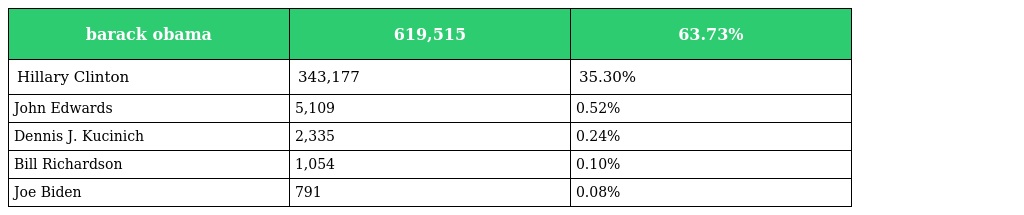
| barack obama | 619,515 | 63.73% |
 | --- | --- | --- |
 | Hillary Clinton | 343,177 | 35.30% |
 | John Edwards | 5,109 | 0.52% |
 | Dennis J. Kucinich | 2,335 | 0.24% |
 | Bill Richardson | 1,054 | 0.10% |
 | Joe Biden | 791 | 0.08% |